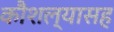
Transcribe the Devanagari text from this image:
कौशल्यासह